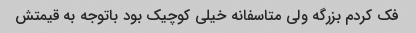
فک کردم بزرگه ولی متاسفانه خیلی کوچیک بود باتوجه به قیمتش